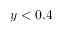
y < 0 . 4